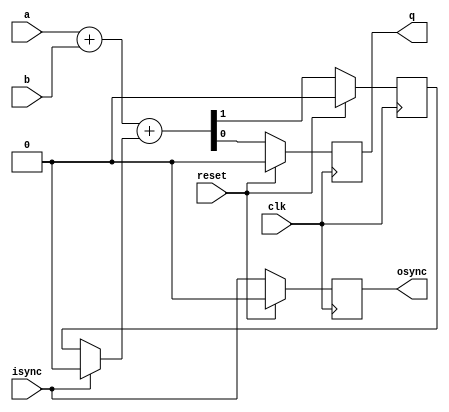
module bsadd(
	     input  reset,
	     input  clk,
	     input  a,
	     input  b,
	     output q,
	     input  isync,
	     output osync
	     );

   reg		    carry;
   reg		    qreg;
   reg		    sync;   
   wire		    newcarry;
   wire		    newqreg;
   
   always @(posedge clk)
     begin
	if (reset)
	  begin
	     carry <= 1'b0;
	     qreg <= 1'b0;
	     sync <= 1'b0;	     
	  end
	else
	  begin
	     carry <= newcarry;
	     qreg  <= newqreg;
	     sync <= isync;	     
	  end
     end

   assign {newcarry, newqreg} = a + b + (isync ? 1'b0 : carry);
   assign q = qreg;
   assign osync = sync;

 
endmodule